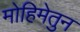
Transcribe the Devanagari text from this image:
मोहिमेतुन